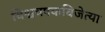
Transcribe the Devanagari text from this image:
विश्वचषकविजेत्या